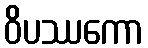
ဝိပဿကော